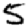
Digit: 5